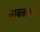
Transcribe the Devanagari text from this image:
चाबकाच्या